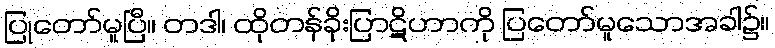
ပြုတော်မူပြီ။ တဒါ၊ ထိုတန်ခိုးပြာဋိဟာကို ပြတော်မူသောအခါ၌။